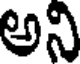
అని